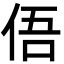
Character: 俉